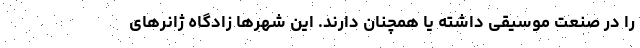
را در صنعت موسیقی داشته یا همچنان دارند. این شهرها زادگاه ژانرهای